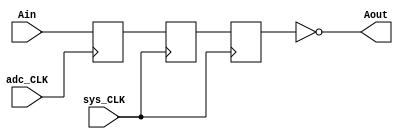

module adcFIFO(adc_CLK,sys_CLK,Ain,Aout);
	input adc_CLK;
	input sys_CLK;
	input [13:0] Ain;
	output [13:0] Aout;
	
	reg[13:0] data0;
	reg[13:0] data1;
	reg[13:0] data2;
	
	always @(posedge adc_CLK)begin
		data0 <= Ain;
		end
		
	always @(posedge sys_CLK)begin
		data1 <= data0;
		end
	
	always @(posedge sys_CLK)begin
		data2 <= data1;
		end
		
	assign Aout = ~data2;
	
endmodule